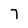
Character: 7